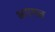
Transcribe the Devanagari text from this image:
भग्गन